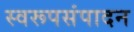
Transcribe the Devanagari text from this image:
स्वरूपसंपादन